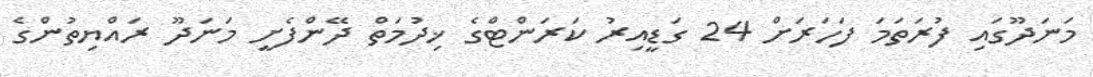
މަނަދޫގައި ފުރަތަމަ ފަހަރަށް 24 ގަޑީއިރު ކަރަންޓްގެ ޚިދުމަތް ދޭންފެށީ މަނަދޫ ރައްޔިތުންގެ